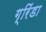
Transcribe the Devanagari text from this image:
ग्रिंडा